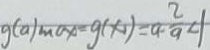
g ( a ) m o x = g ( x ) = a \cdot \frac { 2 } { a } < 1